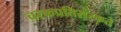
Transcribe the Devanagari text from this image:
चरकप्रतिसंस्कृते